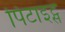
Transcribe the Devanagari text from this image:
पिटाइट्स